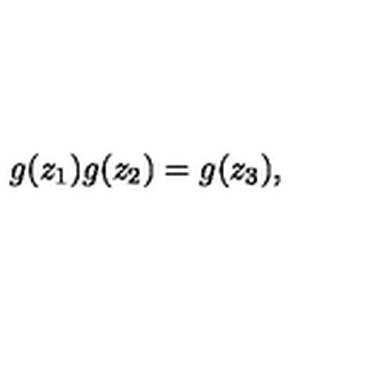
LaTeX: g ( z _ { 1 } ) g ( z _ { 2 } ) = g ( z _ { 3 } ) ,